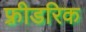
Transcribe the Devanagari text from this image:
फ़्रीडरिक